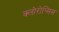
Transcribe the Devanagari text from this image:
क्लोरोप्सिस